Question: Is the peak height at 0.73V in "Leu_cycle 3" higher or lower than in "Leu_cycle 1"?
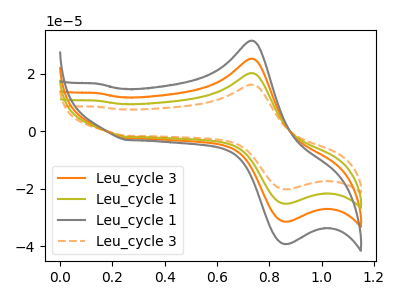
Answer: <think>The orange curve "Leu_cycle 3" has an anodic peak at (0.75V, 40.45uA) and a cathodic peak at (0.85V, -50.30uA). The olive curve "Leu_cycle 1" has an anodic peak at (0.75V, 20.20uA) and a cathodic peak at (0.85V, -25.15uA). The gray curve "Leu_cycle 1" has an anodic peak at (0.75V, 60.65uA) and a cathodic peak at (0.85V, -75.45uA). The orange dashed curve "Leu_cycle 3" has an anodic peak at (0.75V, 16.20uA) and a cathodic peak at (0.85V, -20.15uA).</think>
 <answer>The peak at 0.73V is higher in "Leu_cycle 3" than in "Leu_cycle 1".</answer>
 <eval>higher</eval>